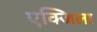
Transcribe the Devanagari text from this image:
एक्जिला